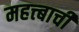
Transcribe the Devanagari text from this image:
महत्त्बाची